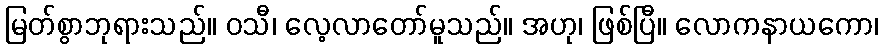
မြတ်စွာဘုရားသည်။ ဝသီ၊ လေ့လာတော်မူသည်။ အဟု၊ ဖြစ်ပြီ။ လောကနာယကော၊